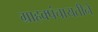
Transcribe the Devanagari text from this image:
ग्राहक्पंचायतीने